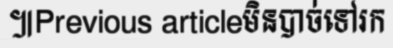
៕Previous articleមិនបាច់ទៅរក